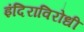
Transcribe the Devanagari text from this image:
इंदिराविरोधी